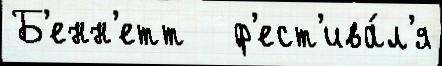
Б'енн'етт   ф'ест'ива́л'я